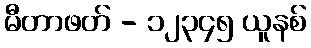
မီတာဖတ် - ၁၂၃၄၅ ယူနစ်